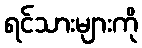
ရင်သားများကို